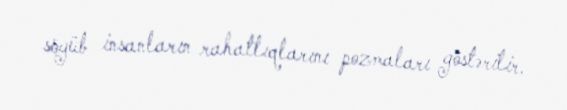
söyüb insanların rahatlıqlarını pozmaları göstərilir.